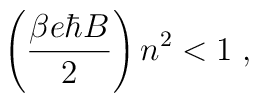
\left( \frac{\beta e\hbar B}{2}\right) n^2 < 1\;,